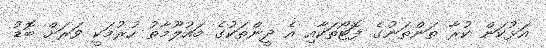
އަޅުކަން ކުރާ ތަންތަނުގެ ފޮޓޯތަކާއި އެ ދީންތަކުގެ މައުލޫމާތު ހުރުމަކީ ވަރަށް ބޮޑު